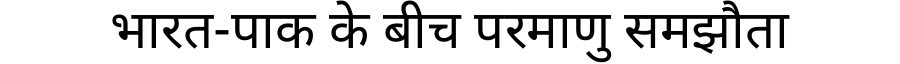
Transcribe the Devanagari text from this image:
भारत-पाक के बीच परमाणु समझौता